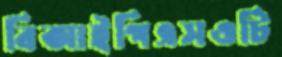
বিআইপিএসওটি